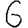
Digit: 6